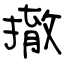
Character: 撤